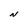
Character: N